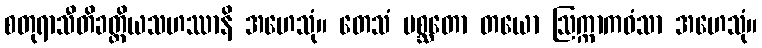
စတုရာသီတိခတ္တိယသဟဿာနိ အဟေသုံ။ တေသံ ပစ္ဆတော တယော ဩက္ကာကဝံသာ အဟေသုံ။